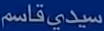
سيديقلاسم